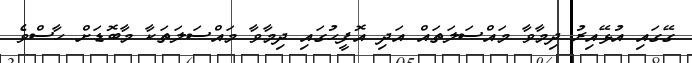
ގޭގައި އުޅޭއިރު ދިމާވާ މައްސަލަތައް އަދި އޮފީހުގައި ދިމާވާ މައްސަލަތަކާ މާބޮޑަށް ހާސްވެ